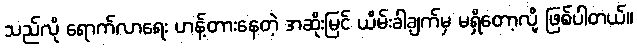
သည်လို ရောက်လာရေး ဟန့်တားနေတဲ့ အဆိုးမြင် ယိမ်းခါချက်မှ မရှိတော့လို့ ဖြစ်ပါတယ်။